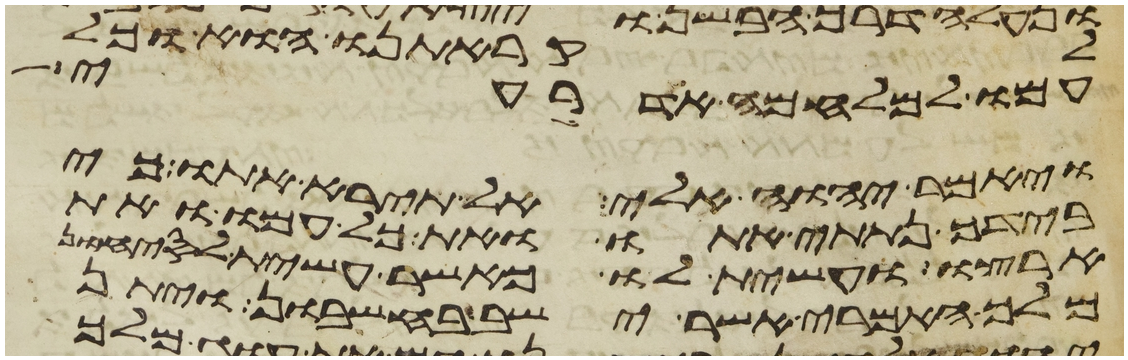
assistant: לקראתנו הוא וכל
עמו למלחמה אדרעי
ויאמר יהוה אלי אל תירא אתו כי
בידך נתתי אתו ואת כל עמו ואת
ארצו ועשית לו כאשר עשית לסיחון
מלך האמרי אשר ישב בחשבון ויתן